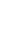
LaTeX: B\! \! \! \! \! \! \! \! \! \! \! \! _{j}\! \! \! \! \! \! \! \! \! \! \! \! \cap\! \! \! \! \! \! \! \! \! \! \! \! B\! \! \! \! \! \! \! \! \! \! \! \! _{i}\! \! \! \! \! \! \! \! \! \! \! \! \! \! \! \! \! \! \! \! \! \! \! \! =\! \! \! \! \! \! \! \! \! \! \! \! \! \! \! \! \! \! \! \! \! \! \! \! \emptyset\! \! \! \! \! \! \! \! \! \! \! \! ,\! \! \! \! \! \! \! \! \! \! \!